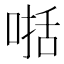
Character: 𠸓